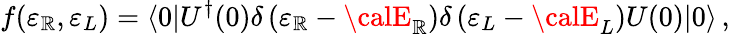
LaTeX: f(\varepsilon_{\mathbb{R}},\varepsilon_{L})=\langle0|U^{\dagger}(0)\delta\left(\varepsilon_{\mathbb{R}}-{\calE}_{\mathbb{R}}\right)\delta\left(\varepsilon_{L}-{\calE}_{L}\right)U(0)|0\rangle\, ,